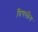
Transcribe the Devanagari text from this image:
त्रिचलीय